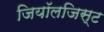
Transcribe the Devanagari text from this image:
जियॉलजिस्ट